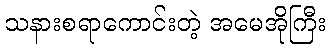
သနားစရာကောင်းတဲ့ အမေအိုကြီး